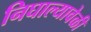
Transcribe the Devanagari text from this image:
निघाल्यावेळी